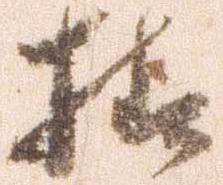
様